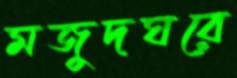
মজুদঘরে